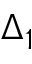
\Delta _ { 1 }